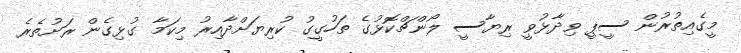
މީގެއިތުރުން ސީޕީ ވިދާޅުވީ ރިޔާސީ ލޯންޗްކޮޅުގެ ތަހުގީގު ކުރިޔަށްދާއިރު މިކަމާ ގުޅިގެން ރަށުތެރެ